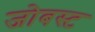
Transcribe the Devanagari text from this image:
जोबस्ट